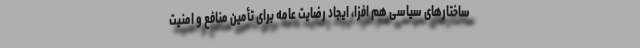
ساختارهای سیاسی هم افزا، ایجاد رضایت عامه برای تأمین منافع و امنیت